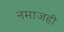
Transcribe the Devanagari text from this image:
नमाजही